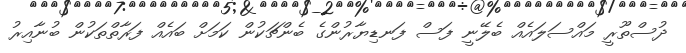
ދުސްތޫރީ މައްސަލައެއް ބެލޭނީ ފަސް ފަނޑިޔާރުންގެ ބެންޗަކުން ކަމަށް ބައެއް ފަރާތްތަކުން ބުނާއިރު